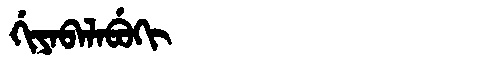
Manchu: ᡤᡳᠶᠠᠪᠠᠯᠠᠪᡠᡴᡳ
Romanization: GIYABALABUKI